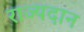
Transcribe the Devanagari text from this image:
राज्यदान